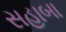
સહાબા